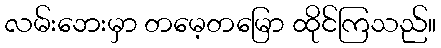
လမ်းဘေးမှာ တမေ့တမြော ထိုင်ကြသည်။